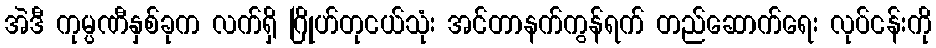
အဲဒီ ကုမ္ပဏီနှစ်ခုက လက်ရှိ ဂြိုဟ်တုငယ်သုံး အင်တာနက်ကွန်ရက် တည်ဆောက်ရေး လုပ်ငန်းကို